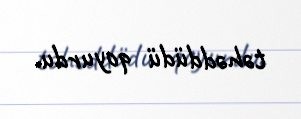
təhəddüdü qoyurdu.